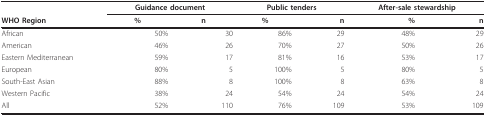
|  | <COLSPAN=2> Guidance document | <COLSPAN=2> Public tenders | <COLSPAN=2> After-sale stewardship |
 | WHO Region | % | n | % | n | % | n |
 | --- | --- | --- | --- | --- | --- | --- |
 | African | 50% | 30 | 86% | 29 | 48% | 29 |
 | American | 46% | 26 | 70% | 27 | 50% | 26 |
 | Eastern Mediterranean | 59% | 17 | 81% | 16 | 53% | 17 |
 | European | 80% | 5 | 100% | 5 | 80% | 5 |
 | South-East Asian | 88% | 8 | 100% | 8 | 63% | 8 |
 | Western Pacific | 38% | 24 | 54% | 24 | 54% | 24 |
 | All | 52% | 110 | 76% | 109 | 53% | 109 |